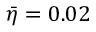
\bar { \eta } = 0 . 0 2